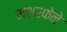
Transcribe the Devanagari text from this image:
मशरफेने